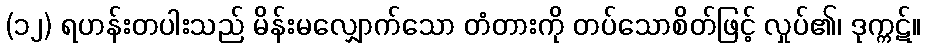
(၁၂) ရဟန်းတပါးသည် မိန်းမလျှောက်သော တံတားကို တပ်သောစိတ်ဖြင့် လှုပ်၏၊ ဒုက္ကဋ်။